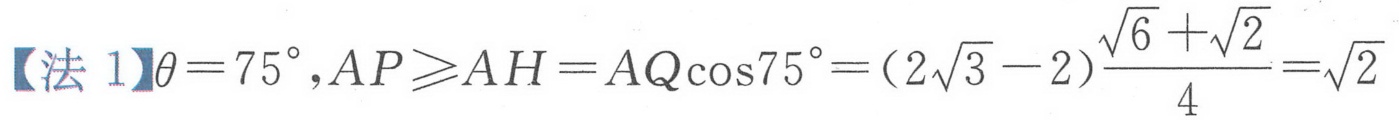
【法 1】\(\theta = 75^{\circ},AP\geqslant AH = AQ\cos75^{\circ}=(2\sqrt{3}-2)\frac{\sqrt{6}+\sqrt{2}}{4}=\sqrt{2}\)